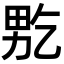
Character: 𤱘